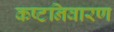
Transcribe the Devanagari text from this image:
कष्टनिवारण